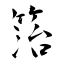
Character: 箈